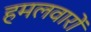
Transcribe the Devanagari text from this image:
हमलवारों